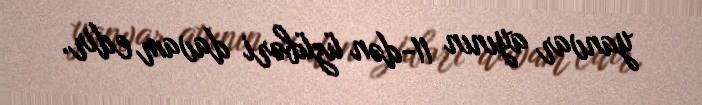
yanvar ayının 11-dən üzübəri davam edir.